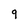
Character: 9